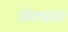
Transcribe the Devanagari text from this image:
फेट्यावर